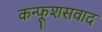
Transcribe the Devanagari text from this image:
कन्फूशसवाद